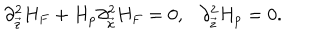
\partial _ { \vec { z } } ^ { 2 } H _ { F } + H _ { p } \partial _ { \vec { x } } ^ { 2 } H _ { F } = 0 , \ \ \ \partial _ { \vec { z } } ^ { 2 } H _ { p } = 0 .